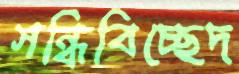
সন্ধিবিচ্ছেদ